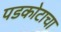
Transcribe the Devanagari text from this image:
पडकोटाचा